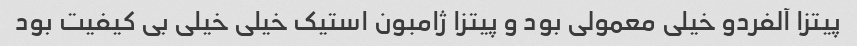
پیتزا آلفردو خیلی معمولی بود و پیتزا ژامبون استیک خیلی خیلی بی کیفیت بود